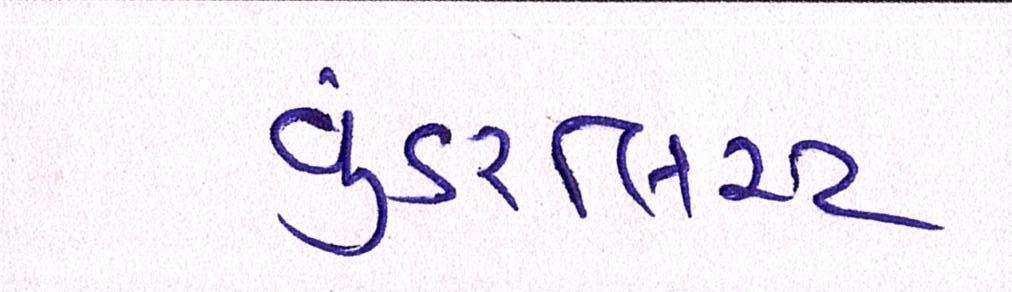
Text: વુંડરલિસ્ટ